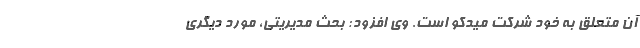
آن متعلق به خود شرکت میدکو است. وی افزود: بحث مدیریتی، مورد دیگری